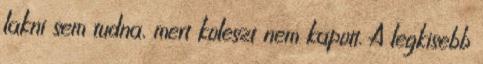
lakni sem tudna, mert koleszt nem kapott. A legkisebb